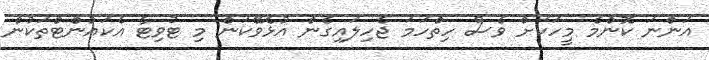
އަންނަ ކޮންމެ މީހަކަށް ވެސް ހިތްހަމަ ޖެހިލައިގެން އުޅެވޭކަން މި ޓުވިޓާ އެކައުންޓްތަކުން